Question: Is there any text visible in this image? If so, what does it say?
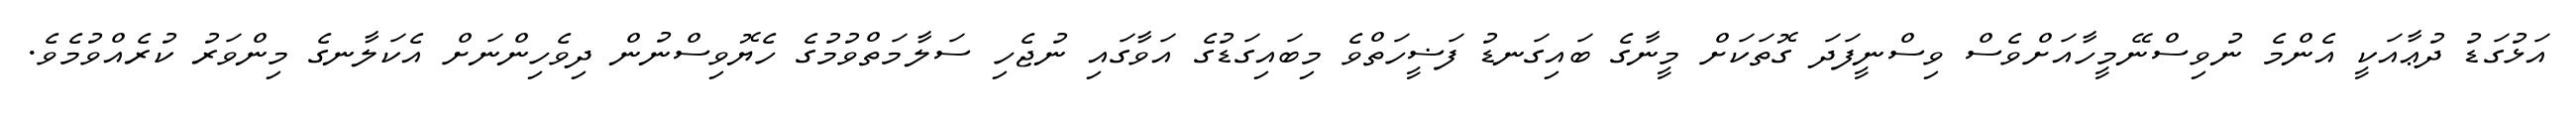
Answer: އަޅުގަޑު ދުޢާއަކީ އެންމެ ނުވިސްނޭމީހާއަށްވެސް ވިސްނީފަދަ ގޮތަކަށް މީނާގެ ބައިގަނޑު ފަޟީހަތްވެ މިބައިގަޑުގެ އަވާގައި ނުޖެހި ސަލާމަތްވުމުގެ ހެޔޮވިސްނުން ދިވެހިންނަށް އެކަލާނގެ މިންވަރު ކުރެއްވުމެވެ.